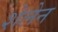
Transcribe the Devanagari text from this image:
शेलेन